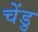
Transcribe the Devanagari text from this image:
चेंडु